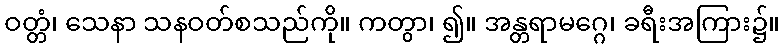
ဝတ္တံ၊ သေနာ သနဝတ်စသည်ကို။ ကတွာ၊ ၍။ အန္တရာမဂ္ဂေ၊ ခရီးအကြား၌။